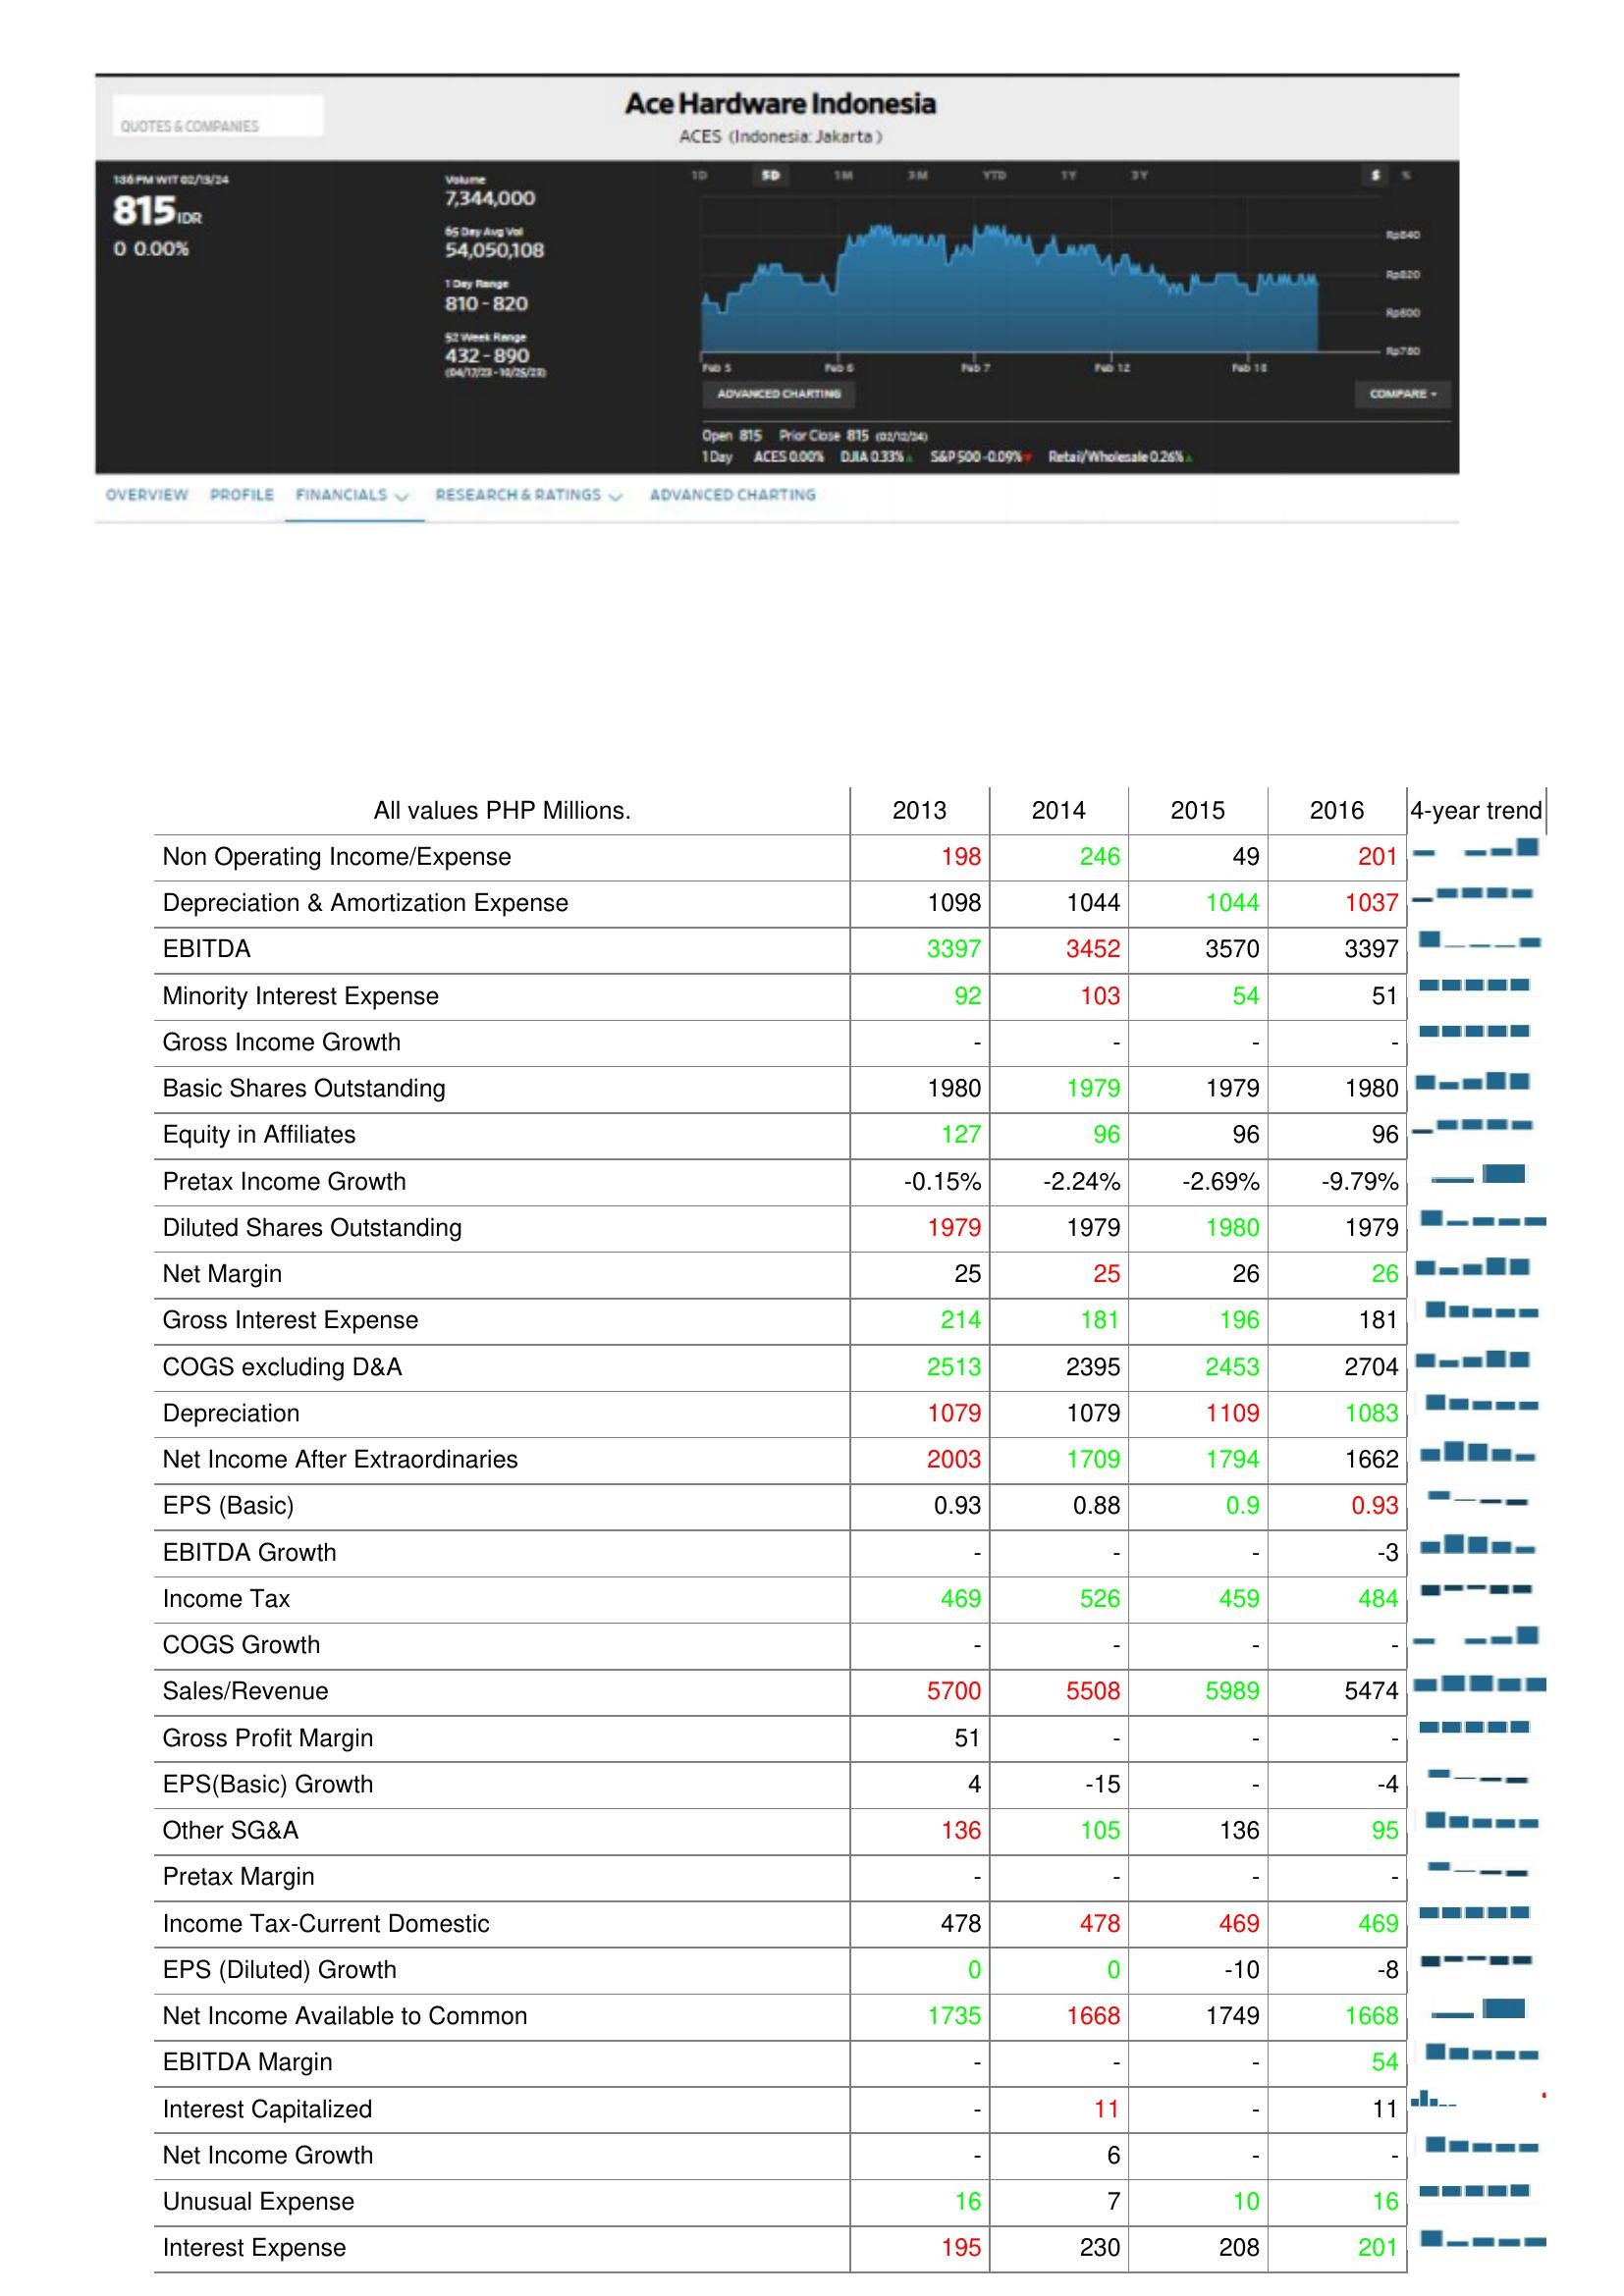
2013: : Non Operating Income/Expense: 198
Depreciation & Amortization Expense: 1098
EBITDA: 3397
Minority Interest Expense: 92
Gross Income Growth: -
Basic Shares Outstanding: 1980
Equity in Affiliates: 127
Pretax Income Growth: -0.15%
Diluted Shares Outstanding: 1979
Net Margin: 25
Gross Interest Expense: 214
COGS excluding D&A: 2513
Depreciation: 1079
Net Income After Extraordinaries: 2003
EPS (Basic): 0.93
EBITDA Growth: -
Income Tax: 469
COGS Growth: -
Sales/Revenue: 5700
Gross Profit Margin: 51
EPS(Basic) Growth: 4
Other SG&A: 136
Pretax Margin: -
Income Tax-Current Domestic: 478
EPS (Diluted) Growth: 0
Net Income Available to Common: 1735
EBITDA Margin: -
Interest Capitalized: -
Net Income Growth: -
Unusual Expense: 16
Interest Expense: 195
2014: : Non Operating Income/Expense: 246
Depreciation & Amortization Expense: 1044
EBITDA: 3452
Minority Interest Expense: 103
Gross Income Growth: -
Basic Shares Outstanding: 1979
Equity in Affiliates: 96
Pretax Income Growth: -2.24%
Diluted Shares Outstanding: 1979
Net Margin: 25
Gross Interest Expense: 181
COGS excluding D&A: 2395
Depreciation: 1079
Net Income After Extraordinaries: 1709
EPS (Basic): 0.88
EBITDA Growth: -
Income Tax: 526
COGS Growth: -
Sales/Revenue: 5508
Gross Profit Margin: -
EPS(Basic) Growth: -15
Other SG&A: 105
Pretax Margin: -
Income Tax-Current Domestic: 478
EPS (Diluted) Growth: 0
Net Income Available to Common: 1668
EBITDA Margin: -
Interest Capitalized: 11
Net Income Growth: 6
Unusual Expense: 7
Interest Expense: 230
2015: : Non Operating Income/Expense: 49
Depreciation & Amortization Expense: 1044
EBITDA: 3570
Minority Interest Expense: 54
Gross Income Growth: -
Basic Shares Outstanding: 1979
Equity in Affiliates: 96
Pretax Income Growth: -2.69%
Diluted Shares Outstanding: 1980
Net Margin: 26
Gross Interest Expense: 196
COGS excluding D&A: 2453
Depreciation: 1109
Net Income After Extraordinaries: 1794
EPS (Basic): 0.9
EBITDA Growth: -
Income Tax: 459
COGS Growth: -
Sales/Revenue: 5989
Gross Profit Margin: -
EPS(Basic) Growth: -
Other SG&A: 136
Pretax Margin: -
Income Tax-Current Domestic: 469
EPS (Diluted) Growth: -10
Net Income Available to Common: 1749
EBITDA Margin: -
Interest Capitalized: -
Net Income Growth: -
Unusual Expense: 10
Interest Expense: 208
2016: : Non Operating Income/Expense: 201
Depreciation & Amortization Expense: 1037
EBITDA: 3397
Minority Interest Expense: 51
Gross Income Growth: -
Basic Shares Outstanding: 1980
Equity in Affiliates: 96
Pretax Income Growth: -9.79%
Diluted Shares Outstanding: 1979
Net Margin: 26
Gross Interest Expense: 181
COGS excluding D&A: 2704
Depreciation: 1083
Net Income After Extraordinaries: 1662
EPS (Basic): 0.93
EBITDA Growth: -3
Income Tax: 484
COGS Growth: -
Sales/Revenue: 5474
Gross Profit Margin: -
EPS(Basic) Growth: -4
Other SG&A: 95
Pretax Margin: -
Income Tax-Current Domestic: 469
EPS (Diluted) Growth: -8
Net Income Available to Common: 1668
EBITDA Margin: 54
Interest Capitalized: 11
Net Income Growth: -
Unusual Expense: 16
Interest Expense: 201